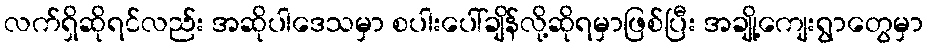
လက်ရှိဆိုရင်လည်း အဆိုပါဒေသမှာ စပါးပေါ်ချိန်လို့ဆိုရမှာဖြစ်ပြီး အချို့ကျေးရွာတွေမှာ